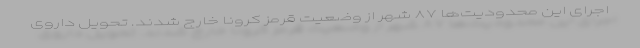
اجرای این محدودیت‌ها ۸۷ شهر از وضعیت قرمز کرونا خارج شدند. تحویل داروی